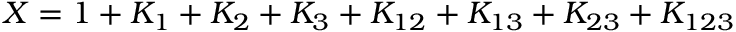
X = 1 + K _ { 1 } + K _ { 2 } + K _ { 3 } + K _ { 1 2 } + K _ { 1 3 } + K _ { 2 3 } + K _ { 1 2 3 }